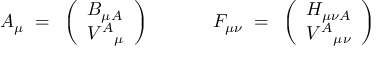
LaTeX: { \cal A } _ { \mu } ~ = ~ \left( \begin{array} { l } { { B _ { \mu A } } } \\ { { V ^ { A } { } _ { \mu } } } \end{array} \right) { } ~ ~ ~ ~ ~ ~ ~ ~ ~ ~ { \cal F } _ { \mu \nu } ~ = ~ \left( \begin{array} { l } { { H _ { \mu \nu A } } } \\ { { V ^ { A } { } _ { \mu \nu } } } \end{array} \right)